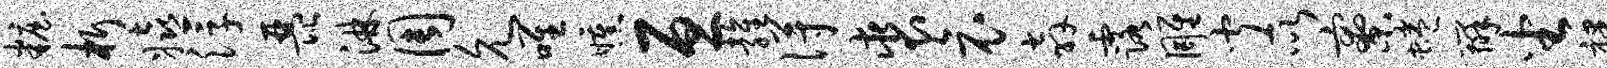
妆析嬉浮琵淋周允唯曛亘雍得裘哀奔露雕闻所寮蜷辨坐裸